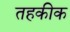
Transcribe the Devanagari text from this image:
तहकीक